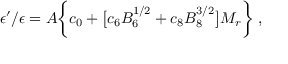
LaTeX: \epsilon ^ { \prime } / \epsilon = A \bigg \{ c _ { 0 } + \big [ c _ { 6 } B _ { 6 } ^ { 1 / 2 } + c _ { 8 } B _ { 8 } ^ { 3 / 2 } \big ] M _ { r } \bigg \} \ ,